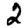
Digit: 2